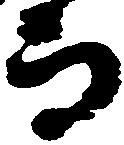
而